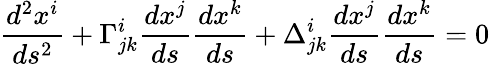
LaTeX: {\frac{d^{2}x^{i}}{ds^{2}}}+\Gamma_{jk}^{i}{\frac{dx^{j}}{ds}}{\frac{dx^{k}}{ds}}+\Delta_{jk}^{i}{\frac{dx^{j}}{ds}}{\frac{dx^{k}}{ds}}=0